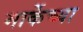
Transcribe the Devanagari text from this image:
मार्केच्या